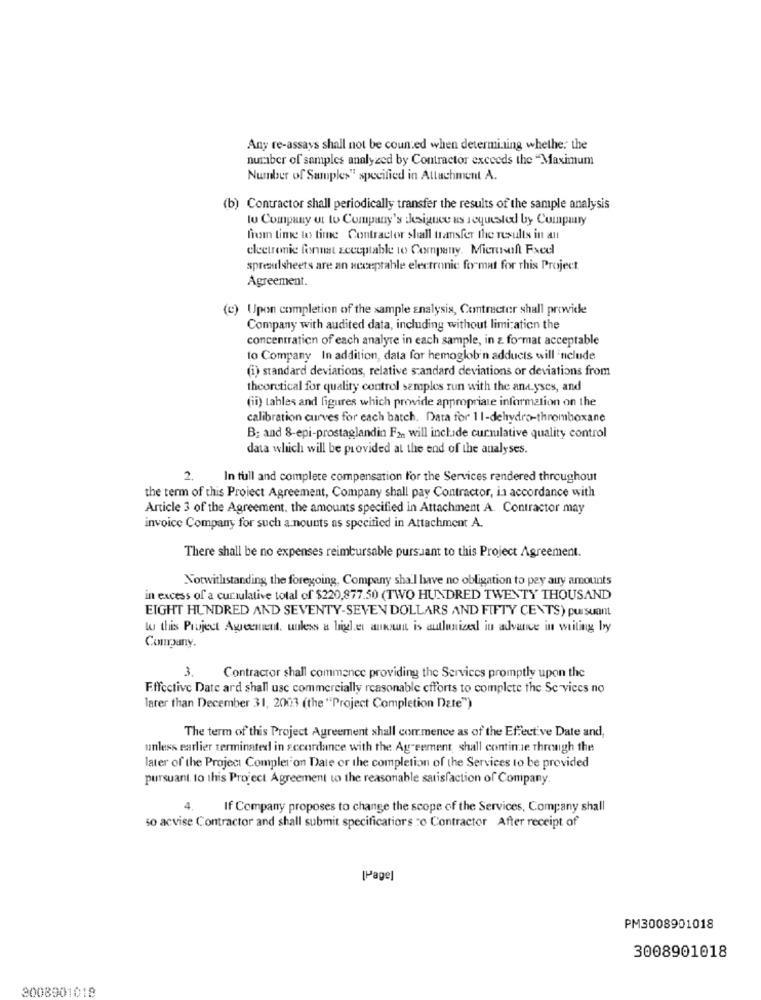
Any re-assays shall not be counted when determining whether the
number of samples analyzed by Contractor exceeds the "Maximum
Number of Samples" specified in Attachment A.
(b) Contractor shall periodically transfer the results of the sample analysis
to Company ut to Company's Jesignee us requested by Company
from time to time Contractor shall transfer the results in an
electronic finnst acceptable to Company. Mierthaft Fxcel
spreadsheets are an acceptable electronic format for this Project
Agreement.
(c) Upon completion of the sample analysis, Contracter shall provide
Company with audited data, including without limitation the
concentration of each analyre in each sample, in z format acceptable
to Company In addition, data for hemoglob'n adducts will include
(i) standard deviations, relative standard deviations or deviations from
theoretical for quality control samples run with the and.yses, and
(ii) tables and figures which provide appropriate information on the
calibration curves for each batch. Data for 11-dehydro-thromboxane
B; and 8-epi-prostaglandin Fan will include curmulative quality control
data which will be provided at the end of the analyses.
2.
In full and complete compensation for the Services rendered throughout
the term of this Project Agreement, Company shall pay Contractor, in accordance with
Article 3 of the Agreement, the amounts specified in Attachment A. Contractor may
invoice Company for such a nounts as specified in Attachment A.
There shall be no expenses reimbursable pursuant to this Project Agreement.
Notwithstanding the foregoing. Company shall have no obligation to pey auy amounts
in excess of a cumulative total of $220,877.50 (TWO HUNDRED TWENTY THOUSAND
EIGHT HUNDRED AND SEVENTY-SEVEN DOLLARS AND FIFTY CENTS) pursuant
to this Project Agement, unless a ligel.et autant is autlunized in advance in writing by
Company.
3.
Contractor shall commence providing the Services promptly upon the
Effective Date ard shall use commercially reasonable efforts to complete the Services no
later than December 31, 2003 (the "Project Completion Date")
The term of this Project Agreement shall commence as of the Effective Date and,
unless earlier terminated in scoordance with the Agreement, shall continue through the
later of the Project Complet on Date or the completion of the Services to be provided
pursuant. to this Project Agreement to the reasonable satisfaction of Company.
4.
If Company proposes to change the scope of the Services, Company shall
so acvise Contractor and shall submit specifications : Contractor After receipt of
[Page]
PM3008901018
3008901018
3008901018